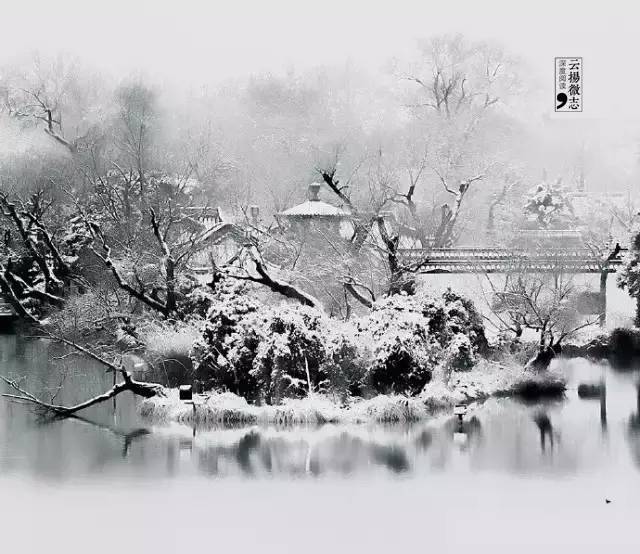
冰合大河流，茫茫一片愁。